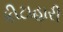
કીટાહારી